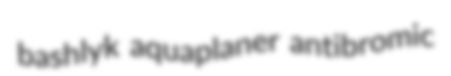
bashlyk aquaplaner antibromic